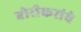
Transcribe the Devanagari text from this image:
बोरीकरांचे